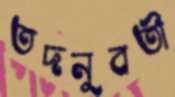
তদনুবর্তী